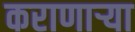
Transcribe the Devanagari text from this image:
कराणाऱ्या